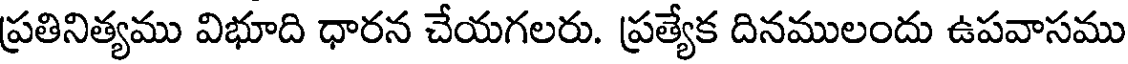
ప్రతినిత్యము విభూది ధారన చేయగలరు. ప్రత్యేక దినములందు ఉపవాసము